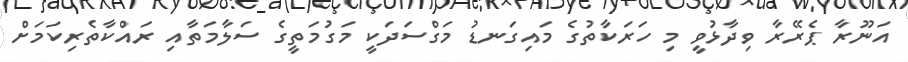
އަނޫރާ ޕެރޭރާ ވިދާޅުވީ މި ހަރަކާތުގެ މައިގަނޑު މަގްސަދަކީ މަގުމަތީގެ ސަލާމަތާއި ރައްކާތެރިކަމަށް